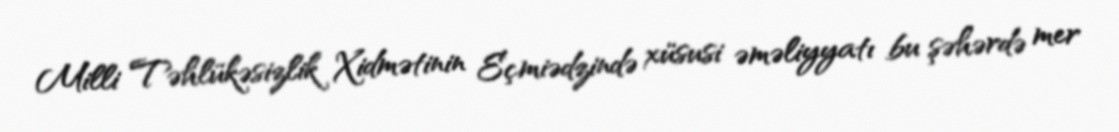
Milli Təhlükəsizlik Xidmətinin Eçmiədzində xüsusi əməliyyatı bu şəhərdə mer